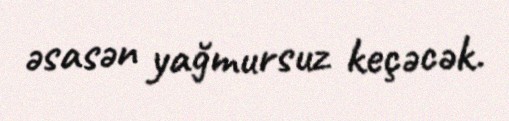
əsasən yağmursuz keçəcək.